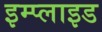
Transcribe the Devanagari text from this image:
इम्प्‍लाइड